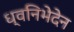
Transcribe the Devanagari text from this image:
ध्वनिभेदेन